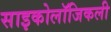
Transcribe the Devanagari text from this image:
साइकोलॉजिकली